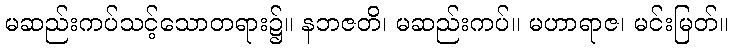
မဆည်းကပ်သင့်သောတရား၌။ နဘဇတိ၊ မဆည်းကပ်။ မဟာရာဇ၊ မင်းမြတ်။